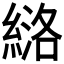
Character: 𫃶